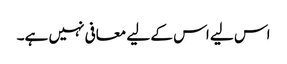
اس لیے اس کے لیے معافی نہیں ہے۔